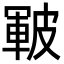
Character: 皸